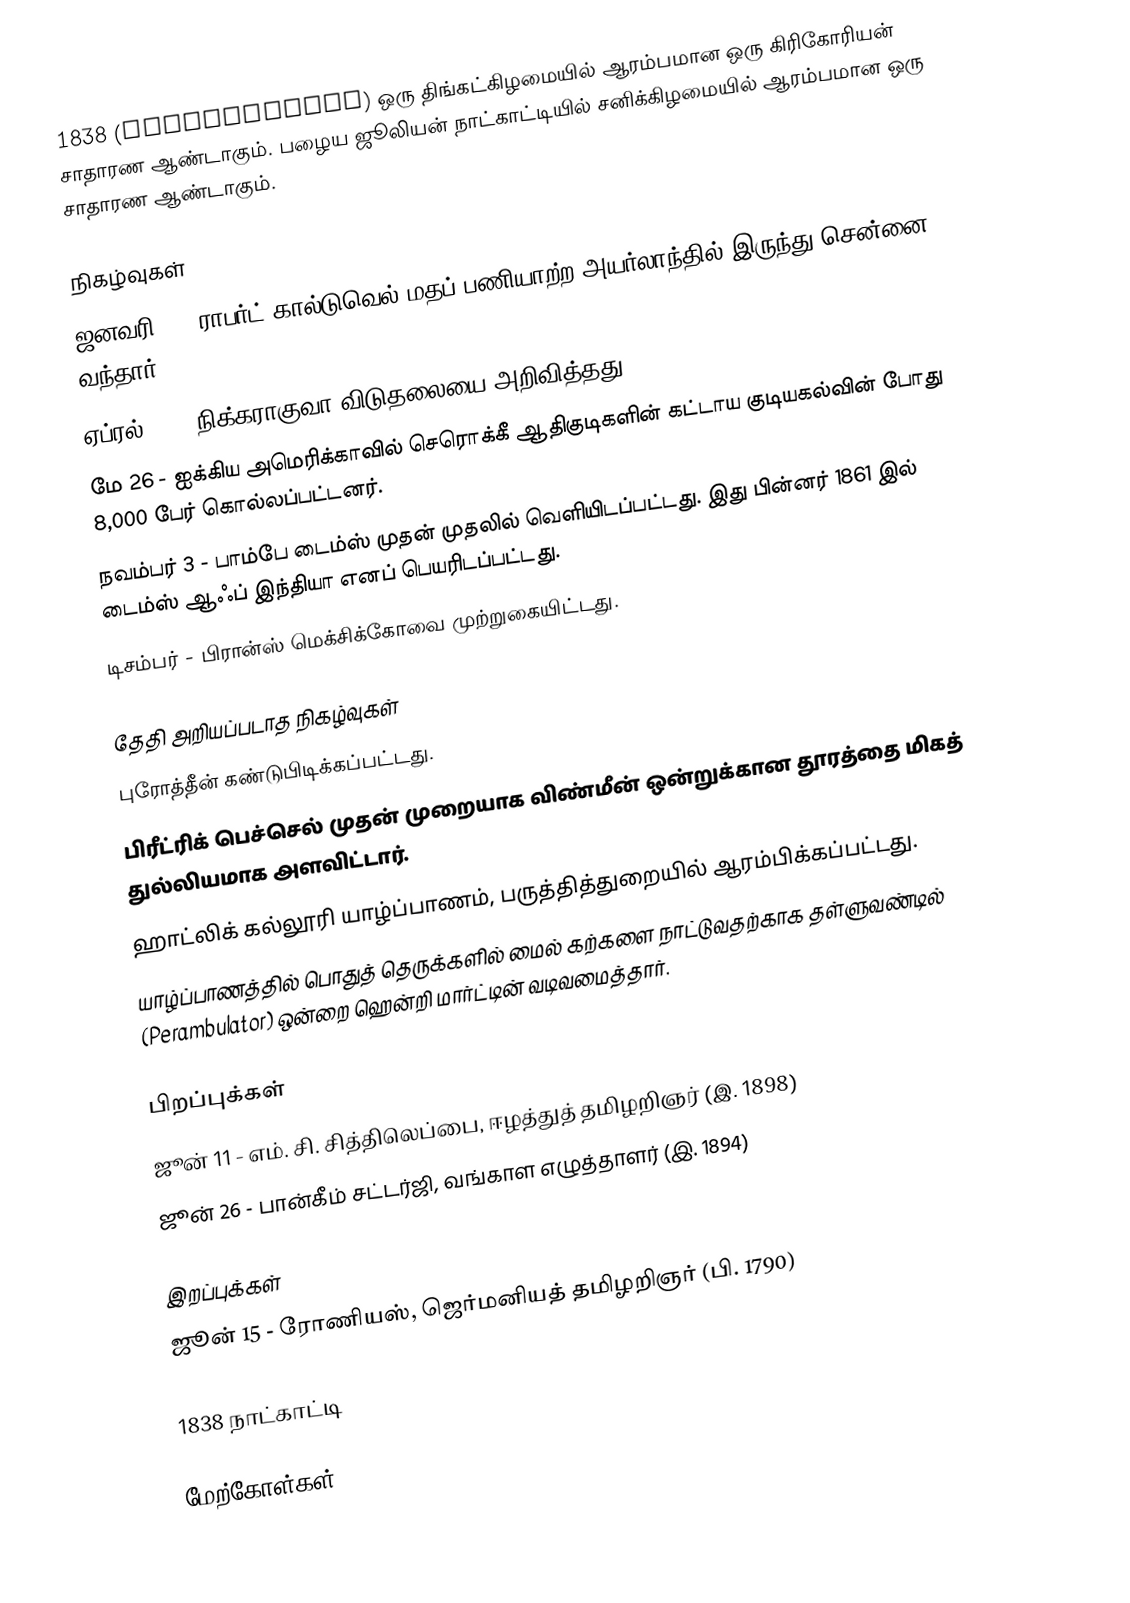
1838  (MDCCCXXXVIII) ஒரு திங்கட்கிழமையில் ஆரம்பமான ஒரு கிரிகோரியன் சாதாரண ஆண்டாகும்.  பழைய ஜூலியன் நாட்காட்டியில் சனிக்கிழமையில் ஆரம்பமான ஒரு சாதாரண ஆண்டாகும்.

நிகழ்வுகள்
 ஜனவரி 8 - ராபர்ட் கால்டுவெல் மதப் பணியாற்ற அயர்லாந்தில் இருந்து சென்னை வந்தார்.
 ஏப்ரல் 30 - நிக்கராகுவா விடுதலையை அறிவித்தது.
 மே 26 - ஐக்கிய அமெரிக்காவில் செரொக்கீ ஆதிகுடிகளின் கட்டாய குடியகல்வின் போது 8,000 பேர் கொல்லப்பட்டனர்.
 நவம்பர் 3 - பாம்பே டைம்ஸ் முதன் முதலில் வெளியிடப்பட்டது. இது பின்னர் 1861 இல் டைம்ஸ் ஆஃப் இந்தியா எனப் பெயரிடப்பட்டது.
 டிசம்பர் - பிரான்ஸ் மெக்சிக்கோவை முற்றுகையிட்டது.

தேதி அறியப்படாத நிகழ்வுகள்
 புரோத்தீன் கண்டுபிடிக்கப்பட்டது.
 பிரீட்ரிக் பெச்செல் முதன் முறையாக விண்மீன் ஒன்றுக்கான தூரத்தை மிகத் துல்லியமாக அளவிட்டார்.
 ஹாட்லிக் கல்லூரி யாழ்ப்பாணம், பருத்தித்துறையில் ஆரம்பிக்கப்பட்டது.
 யாழ்ப்பாணத்தில் பொதுத் தெருக்களில் மைல் கற்களை நாட்டுவதற்காக தள்ளுவண்டில் (Perambulator) ஒன்றை ஹென்றி மார்ட்டின் வடிவமைத்தார்.

பிறப்புக்கள்
 ஜூன் 11 - எம். சி. சித்திலெப்பை, ஈழத்துத் தமிழறிஞர் (இ. 1898)
 ஜூன் 26 - பான்கீம் சட்டர்ஜி, வங்காள எழுத்தாளர் (இ. 1894)

இறப்புக்கள்
 ஜூன் 15 - ரோணியஸ், ஜெர்மனியத் தமிழறிஞர் (பி. 1790)

1838 நாட்காட்டி

மேற்கோள்கள்